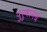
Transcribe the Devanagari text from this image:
पुरुषामधे